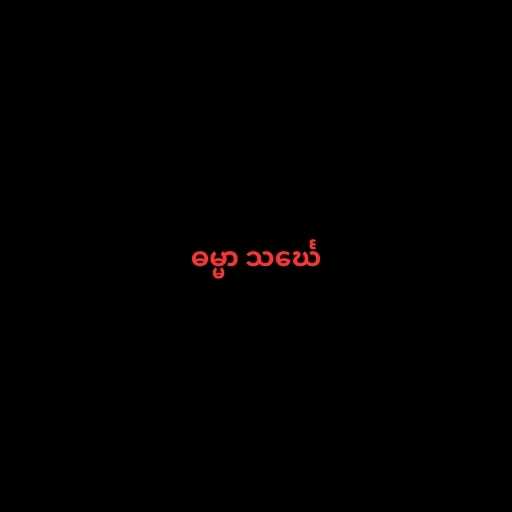
ဓမ္မာ သင်္ဃေ